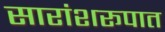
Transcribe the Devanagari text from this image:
सारांशरूपात